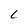
Character: L